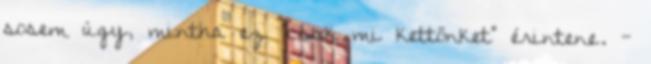
sosem úgy, mintha ez "csak mi kettőnket" érintene. -